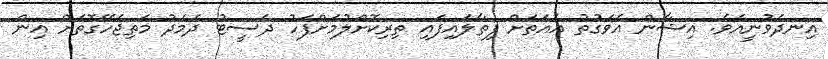
އިނދެވުނީއެވެ. އިޝާން އެވަގުތު އެއަތަށް ފިތާލައިފައި ތިރިކޮށްލުމަށްފަހު ދެސީޓު ދެމެދު މަތިޖެހޭގޮތަށް އިން